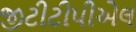
જીટીટીપીએલ